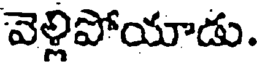
వెళ్లిపోయాడు.